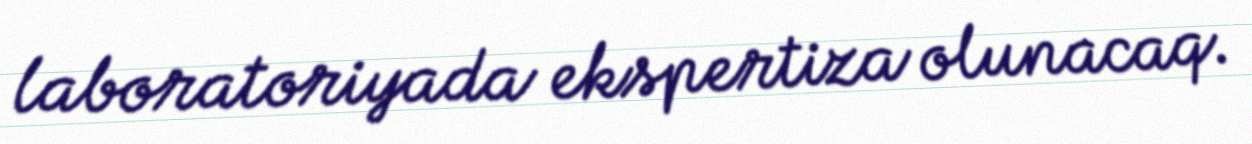
laboratoriyada ekspertiza olunacaq.